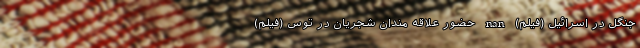
جنگل در اسرائیل (فیلم) nan حضور علاقه مندانِ شجریان در توس (فیلم)